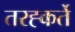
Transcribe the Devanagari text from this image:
तरह्कर्ते